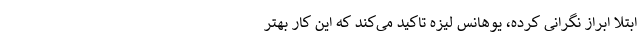
ابتلا ابراز نگرانی کرده، یوهانس لیزه تاکید می‌کند که این کار بهتر